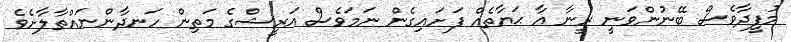
މުފީދާވެސް ބޭނުންވަނީ ރީނާ އާ ޙަޔާތެއް ފަށައިގެން ނަމަވެސް އަރީޝްގެ މަތިން ހަނދާންނައްތާލާށެވެ